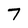
Character: 7